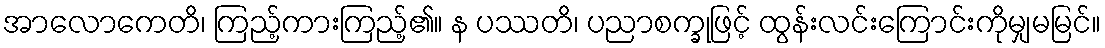
အာလောကေတိ၊ ကြည့်ကားကြည့်၏။ န ပဿတိ၊ ပညာစက္ခုဖြင့် ထွန်းလင်းကြောင်းကိုမျှမမြင်။